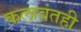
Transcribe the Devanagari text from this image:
कलावंतही